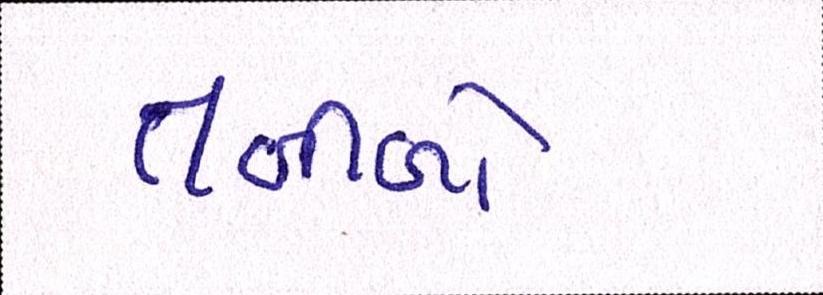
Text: તબીબો